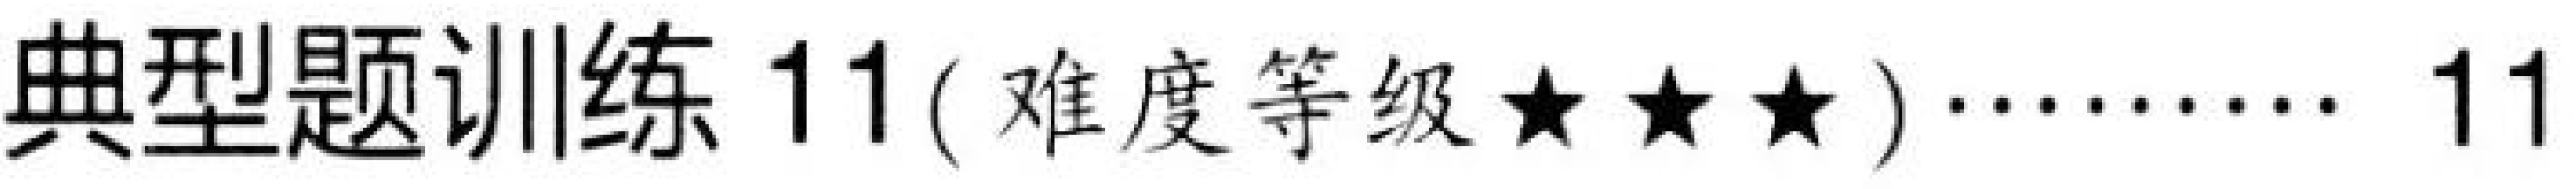
典型题训练 11( 难度等级★★★) ……… 11